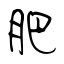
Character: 肥